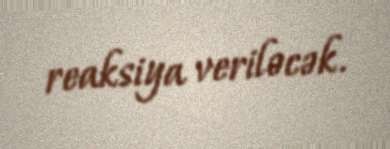
reaksiya veriləcək.